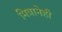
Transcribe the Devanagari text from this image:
मित्रानेही